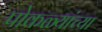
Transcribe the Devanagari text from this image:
पोकळ्यांच्या